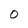
Character: 0